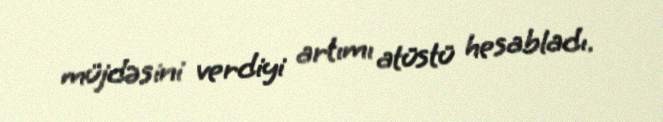
müjdəsini verdiyi artımı atüstü hesabladı.